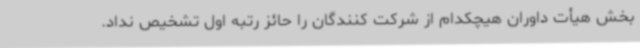
بخش هیأت داوران هیچکدام از شرکت کنندگان را حائز رتبه اول تشخیص نداد.